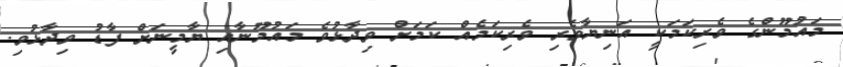
މައުމޫންގެ ވެރިކަމަކީ އަނިޔާވެރި ވެރިކަމެއް ކަމަށް ވިދާޅުވެ މައުމޫނާއި ޔާމީނަށް ފާޑު ވިދާޅުވި.